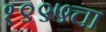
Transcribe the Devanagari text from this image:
१९९५चा